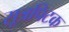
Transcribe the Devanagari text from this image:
सूत्रपिटक